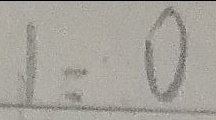
1 : 0